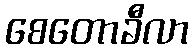
စေတောခီလာ